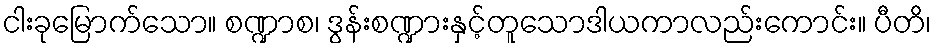
ငါးခုမြောက်သော။ စဏ္ဍာစ၊ ဒွန်းစဏ္ဍားနှင့်တူသောဒါယကာလည်းကောင်း။ ပီတိ၊